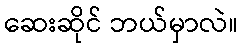
ဆေးဆိုင် ဘယ်မှာလဲ။